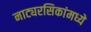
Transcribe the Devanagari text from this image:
नाट्यरसिकांमध्ये